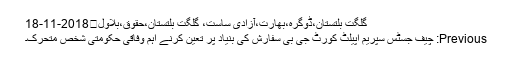
گلگت بلتستان،ڈوگرہ،بھارت،آزادی ساست، گلگت بلتستان،حقوق،بلاول	2018-11-18
Previous: چیف جسٹس سپریم اپیلٹ کورٹ جی بی سفارش کی بنیاد پر تعین کرنے اہم وفاقی حکومتی شخص متحرک۔